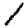
Digit: 1